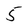
Character: 5